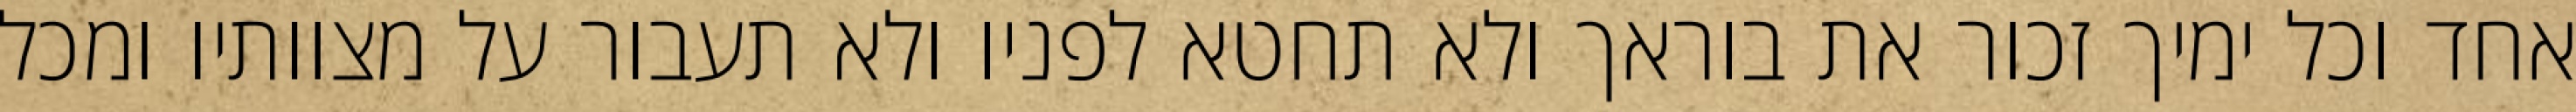
אחד וכל ימיך זכור את בוראך ולא תחטא לפניו ולא תעבור על מצוותיו ומכל